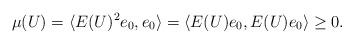
LaTeX: \begin{align*}\mu(U)=\langle E(U)^2e_0,e_0 \rangle=\langle E(U)e_0,E(U)e_0\rangle\ge0. \end{align*}